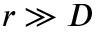
r \gg D